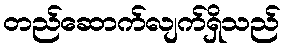
တည်ဆောက်လျက်ရှိသည်